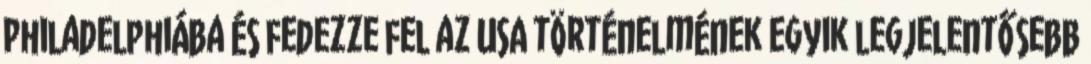
Philadelphiába és fedezze fel az USA történelmének egyik legjelentősebb